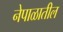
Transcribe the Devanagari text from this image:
नेपाळातील